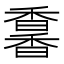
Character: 𩡌